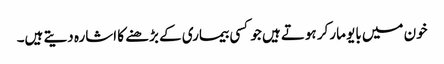
خون میں بایو مارکر ہوتے ہیں جو کسی بیماری کے بڑھنے کا اشارہ دیتے ہیں۔